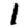
Digit: 1